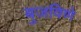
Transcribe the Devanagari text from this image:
बुजविणे